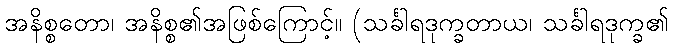
အနိစ္စတော၊ အနိစ္စ၏အဖြစ်ကြောင့်။ (သင်္ခါရဒုက္ခတာယ၊ သင်္ခါရဒုက္ခ၏